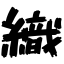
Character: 織